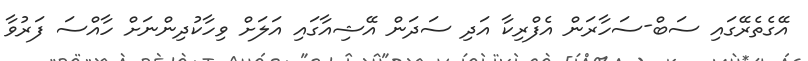
އޭގެތެރޭގައި ސަބް-ސަހާރަން އެފްރިކާ އަދި ސަދަން އޭޝިއާގައި އަލަށް ވިހާކުދިންނަށް ހާއްސަ ފަރުވާ